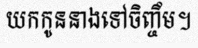
យកកូននាងទៅចិញ្ចឹម។